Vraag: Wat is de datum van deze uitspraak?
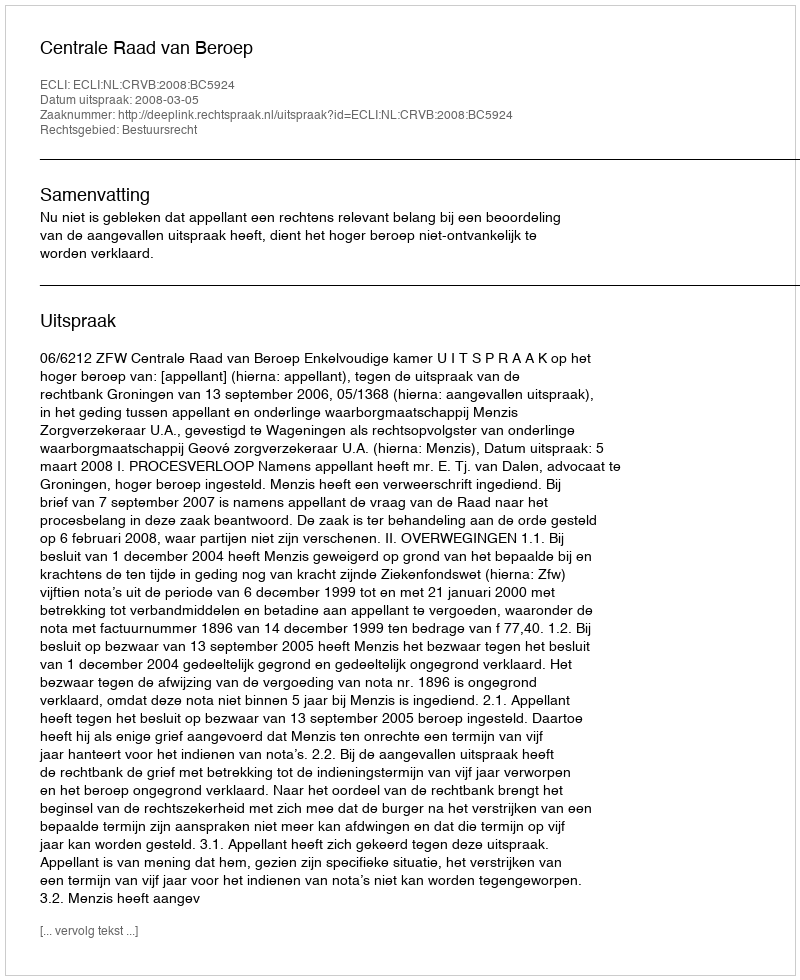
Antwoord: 2008-03-05